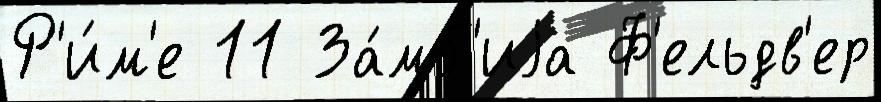
Р'и́м'е 11 За́мб'иjа Ф'ельдв'ер